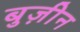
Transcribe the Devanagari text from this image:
बुज़ीन